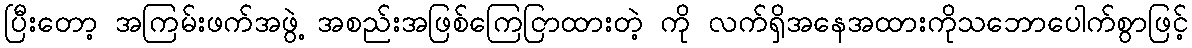
ပြီးတော့ အကြမ်းဖက်အဖွဲ့ အစည်းအဖြစ်ကြေငြာထားတဲ့ ကို လက်ရှိအနေအထားကိုသဘောပေါက်စွာဖြင့်